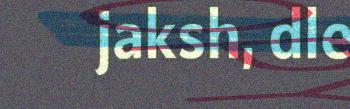
jaksh, dle